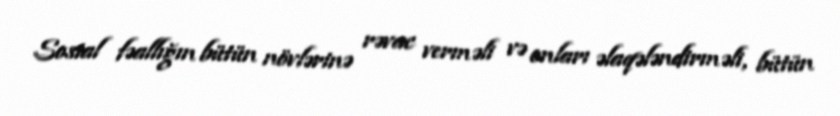
Sosial fəallığın bütün növlərinə rəvac verməli və onları əlaqələndirməli, bütün